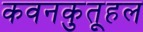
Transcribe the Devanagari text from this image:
कवनकुतूहल